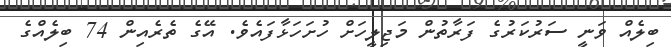
ބިލެއް ވަނީ ސަރުކަރުގެ ފަރާތުން މަޖިލީހަށް ހުށަހަޅާފައެވެ. އޭގެ ތެރެއިން 74 ބިލެއްގެ